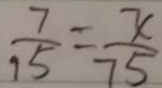
\frac { 7 } { 1 5 } = \frac { x } { 7 5 }